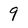
Character: 9